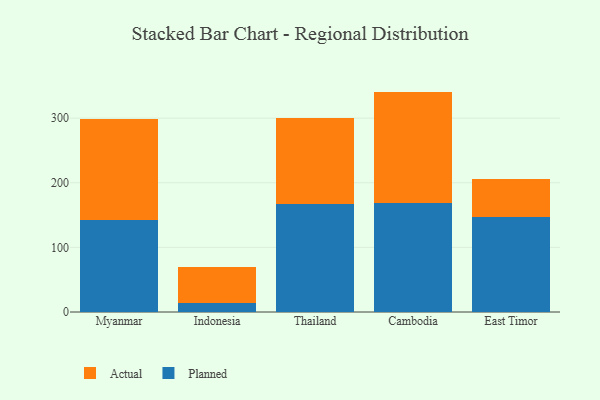
{"axis": {"x": "Country", "y": "Production Output"}, "legend": ["Actual", "Planned"], "data": [{"x": "Myanmar", "y": 142.0, "type": "Planned"}, {"x": "Myanmar", "y": 156.3, "type": "Actual"}, {"x": "Indonesia", "y": 13.6, "type": "Planned"}, {"x": "Indonesia", "y": 55.5, "type": "Actual"}, {"x": "Thailand", "y": 166.8, "type": "Planned"}, {"x": "Thailand", "y": 133.1, "type": "Actual"}, {"x": "Cambodia", "y": 169.0, "type": "Planned"}, {"x": "Cambodia", "y": 172.1, "type": "Actual"}, {"x": "East Timor", "y": 147.6, "type": "Planned"}, {"x": "East Timor", "y": 58.8, "type": "Actual"}]}